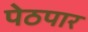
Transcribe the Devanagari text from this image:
पेठपार